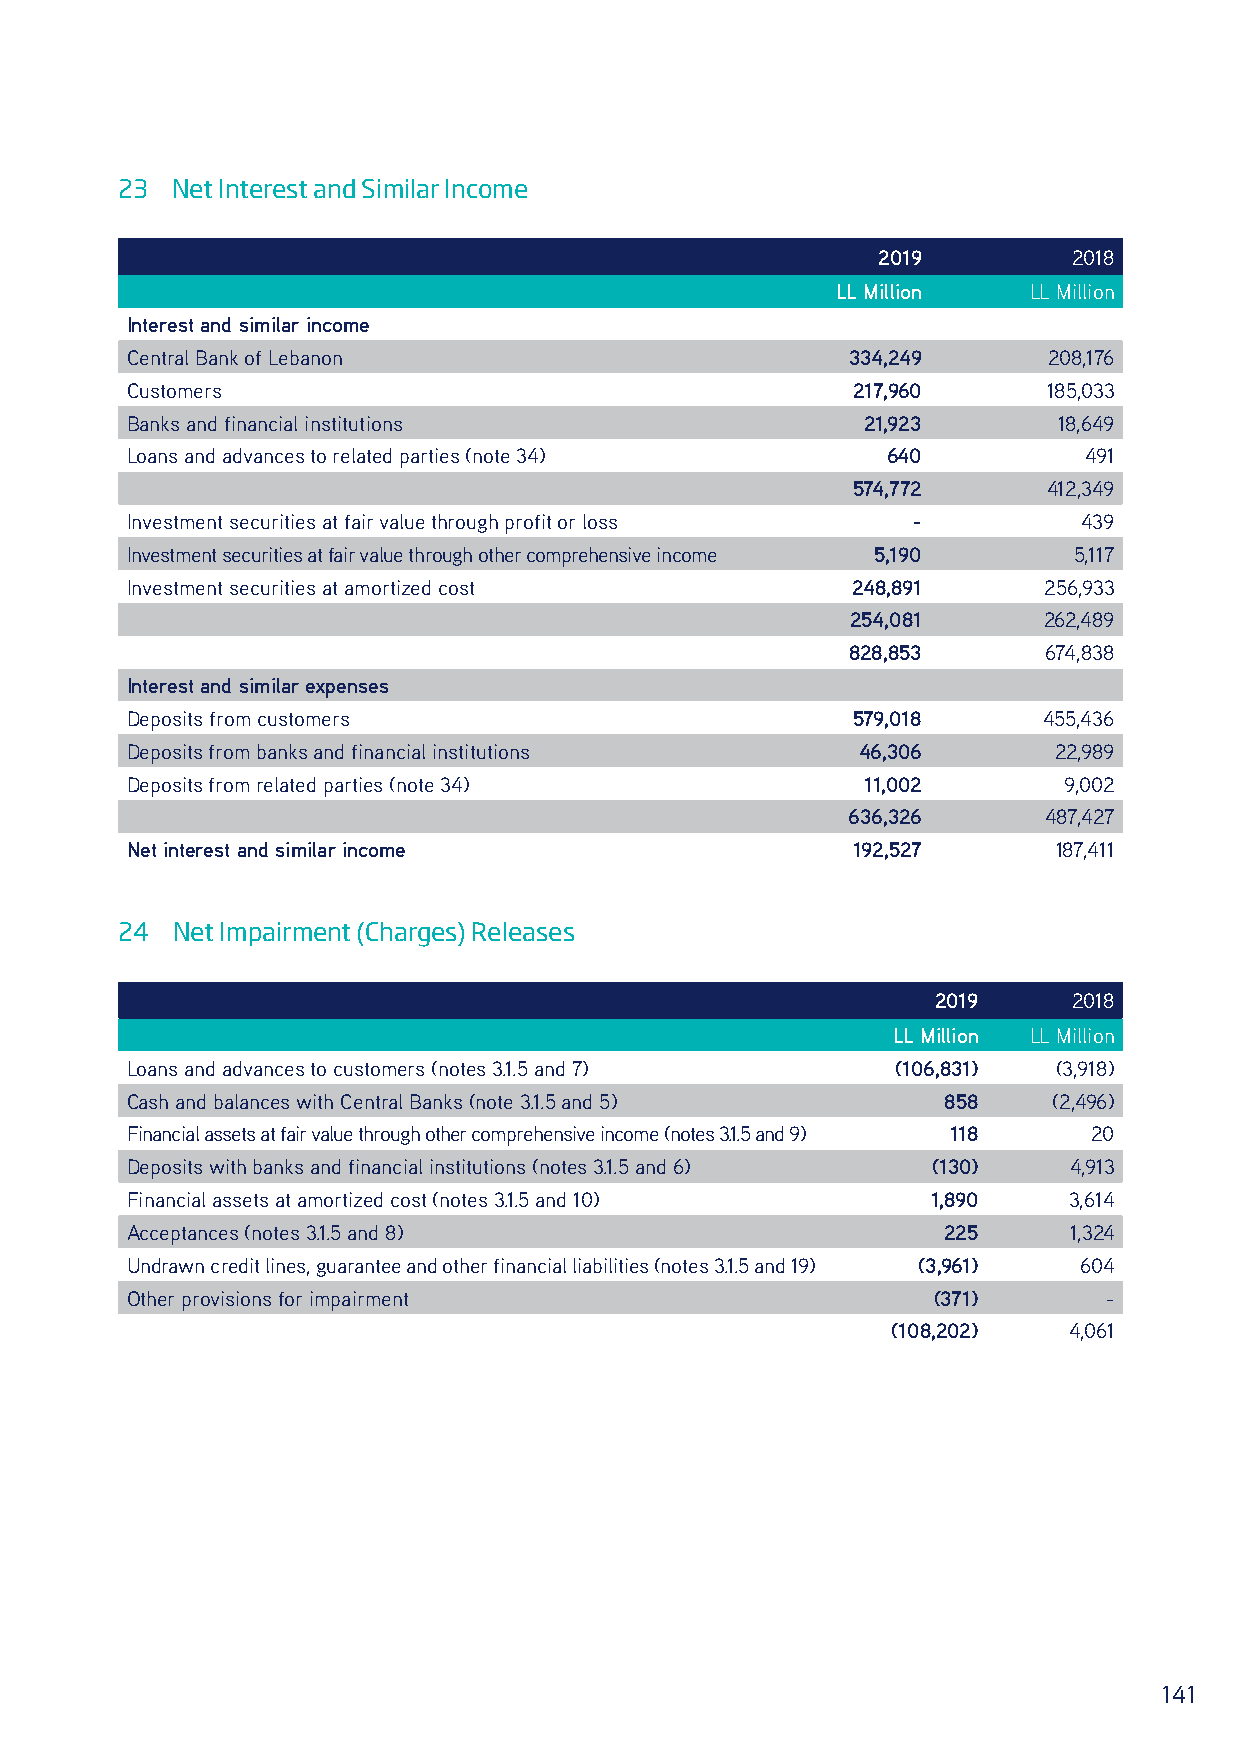
23 Net Interest and Similar Income
 2019         2018
 LL Million   LL Million
 Interest and similar income
 Central Bank of Lebanon                         334,249      208,176
 Customers                                       217,960      185,033
 Banks and financial institutions                 21,923       18,649
 Loans and advances to related parties (note 34)    640          491
 574,772      412,349
 Investment securities at fair value through profit or loss -    439
 Investment securities at fair value through other comprehensive income 5,190 5,117
 Investment securities at amortized cost         248,891      256,933
 254,081      262,489
 828,853      674,838
 Interest and similar expenses
 Deposits from customers                         579,018      455,436
 Deposits from banks and financial institutions   46,306       22,989
 Deposits from related parties (note 34)          11,002       9,002
 636,326      487,427
 Net interest and similar income                 192,527       187,411
 24 Net Impairment (Charges) Releases
 2019     2018
 LL Million LL Million
 Loans and advances to customers (notes 3.1.5 and 7) (106,831) (3,918)
 Cash and balances with Central Banks (note 3.1.5 and 5) 858   (2,496)
 Financial assets at fair value through other comprehensive income (notes 3.1.5 and 9) 118 20
 Deposits with banks and financial institutions (notes 3.1.5 and 6) (130) 4,913
 Financial assets at amortized cost (notes 3.1.5 and 10) 1,890  3,614
 Acceptances (notes 3.1.5 and 8)                       225      1,324
 Undrawn credit lines, guarantee and other financial liabilities (notes 3.1.5 and 19) (3,961) 604
 Other provisions for impairment                       (371)      -
 (108,202)   4,061
 141